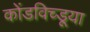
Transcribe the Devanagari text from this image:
कोंडविच्डूया